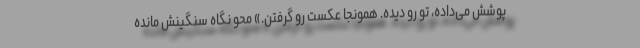
پوشش می‌داده، تو رو دیده. همونجا عکست رو گرفتن.» محو نگاه سنگینش مانده